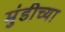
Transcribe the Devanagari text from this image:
मुंडीच्या